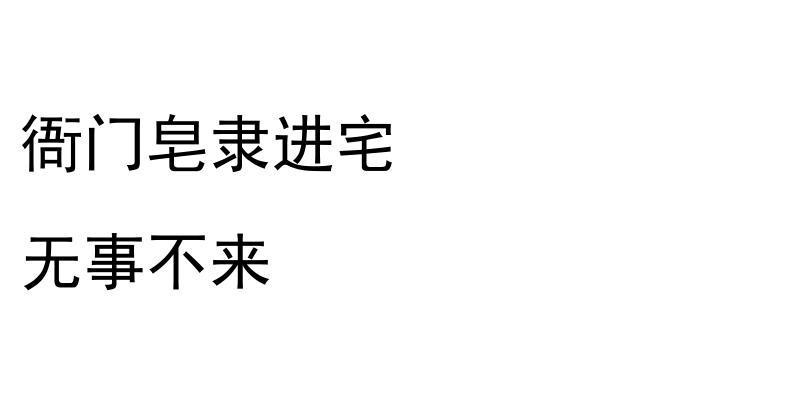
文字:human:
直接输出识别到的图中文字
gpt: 衙门皂隶进宅 无事不来